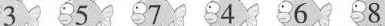
357468